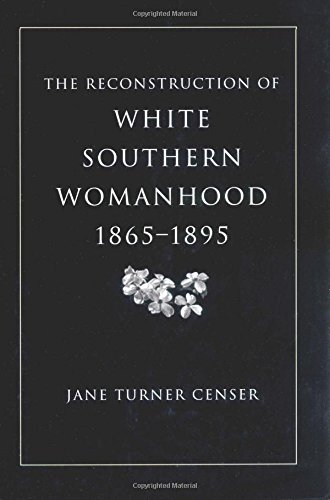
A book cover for The Reconstruction of White Southern Womanhood, 1865-1895; Jane Turner Censer; Politics & Social Sciences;